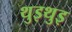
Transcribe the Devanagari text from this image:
थुइथुइ